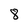
Character: 8